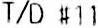
T/D #11